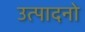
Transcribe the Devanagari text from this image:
उत्पादनो